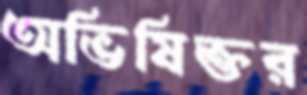
অভিষিক্তর